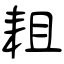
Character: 耝